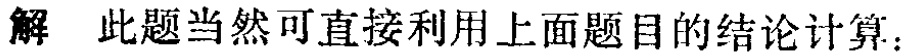
解 此题当然可直接利用上面题目的结论计算：